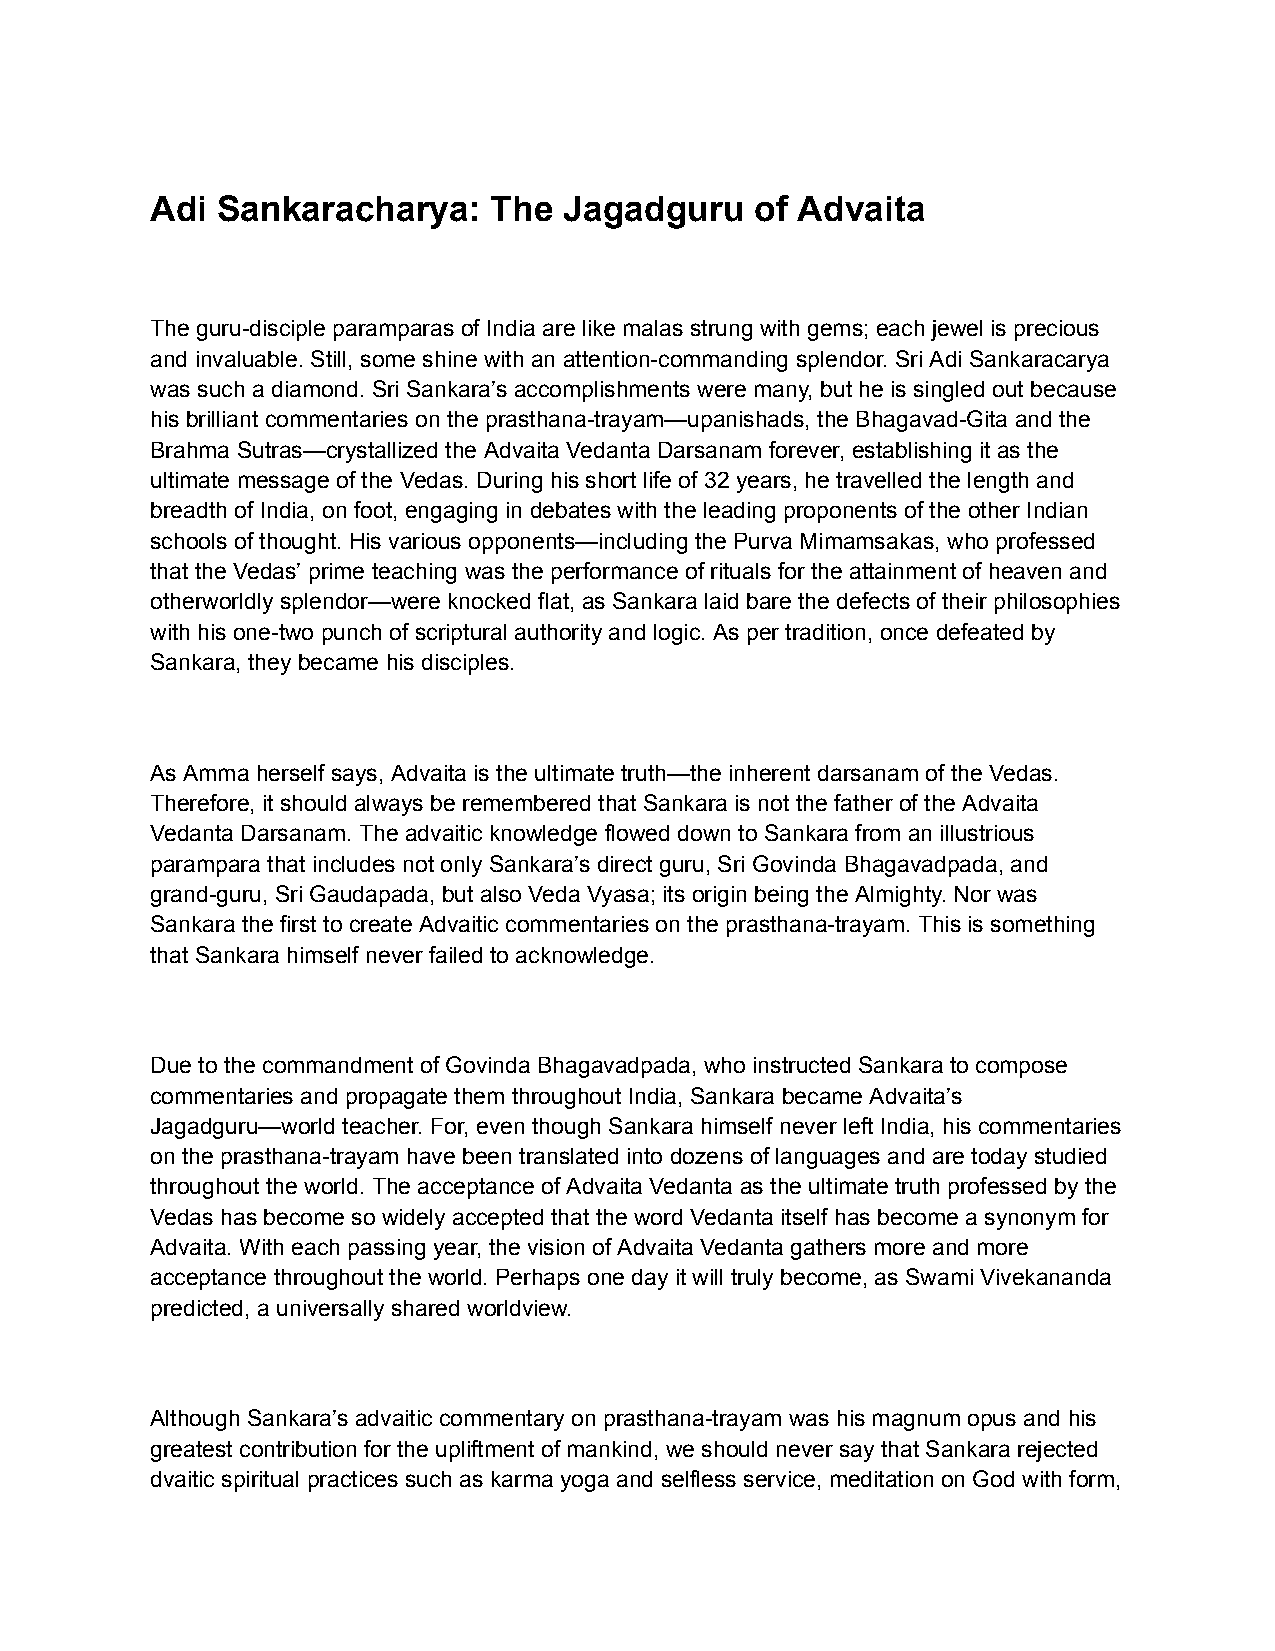
Adi Sankaracharya:    The  Jagadguru    of Advaita
 The guru-disciple paramparas of India are like malas strung with gems; each jewel is precious
 and invaluable. Still, some shine with an attention-commanding splendor. Sri Adi Sankaracarya
 was such a diamond. Sri Sankara’s accomplishments were many, but he is singled out because
 his brilliant commentaries on the prasthana-trayam—upanishads, the Bhagavad-Gita and the
 Brahma Sutras—crystallized the Advaita Vedanta Darsanam forever, establishing it as the
 ultimate message of the Vedas. During his short life of 32 years, he travelled the length and
 breadth of India, on foot, engaging in debates with the leading proponents of the other Indian
 schools of thought. His various opponents—including the Purva Mimamsakas, who professed
 that the Vedas’ prime teaching was the performance of rituals for the attainment of heaven and
 otherworldly splendor—were knocked flat, as Sankara laid bare the defects of their philosophies
 with his one-two punch of scriptural authority and logic. As per tradition, once defeated by
 Sankara, they became his disciples.
 As Amma herself says, Advaita is the ultimate truth—the inherent darsanam of the Vedas.
 Therefore, it should always be remembered that Sankara is not the father of the Advaita
 Vedanta Darsanam. The advaitic knowledge flowed down to Sankara from an illustrious
 parampara that includes not only Sankara’s direct guru, Sri Govinda Bhagavadpada, and
 grand-guru, Sri Gaudapada, but also Veda Vyasa; its origin being the Almighty. Nor was
 Sankara the first to create Advaitic commentaries on the prasthana-trayam. This is something
 that Sankara himself never failed to acknowledge.
 Due to the commandment of Govinda Bhagavadpada, who instructed Sankara to compose
 commentaries and propagate them throughout India, Sankara became Advaita’s
 Jagadguru—world teacher. For, even though Sankara himself never left India, his commentaries
 on the prasthana-trayam have been translated into dozens of languages and are today studied
 throughout the world. The acceptance of Advaita Vedanta as the ultimate truth professed by the
 Vedas has become so widely accepted that the word Vedanta itself has become a synonym for
 Advaita. With each passing year, the vision of Advaita Vedanta gathers more and more
 acceptance throughout the world. Perhaps one day it will truly become, as Swami Vivekananda
 predicted, a universally shared worldview.
 Although Sankara’s advaitic commentary on prasthana-trayam was his magnum opus and his
 greatest contribution for the upliftment of mankind, we should never say that Sankara rejected
 dvaitic spiritual practices such as karma yoga and selfless service, meditation on God with form,